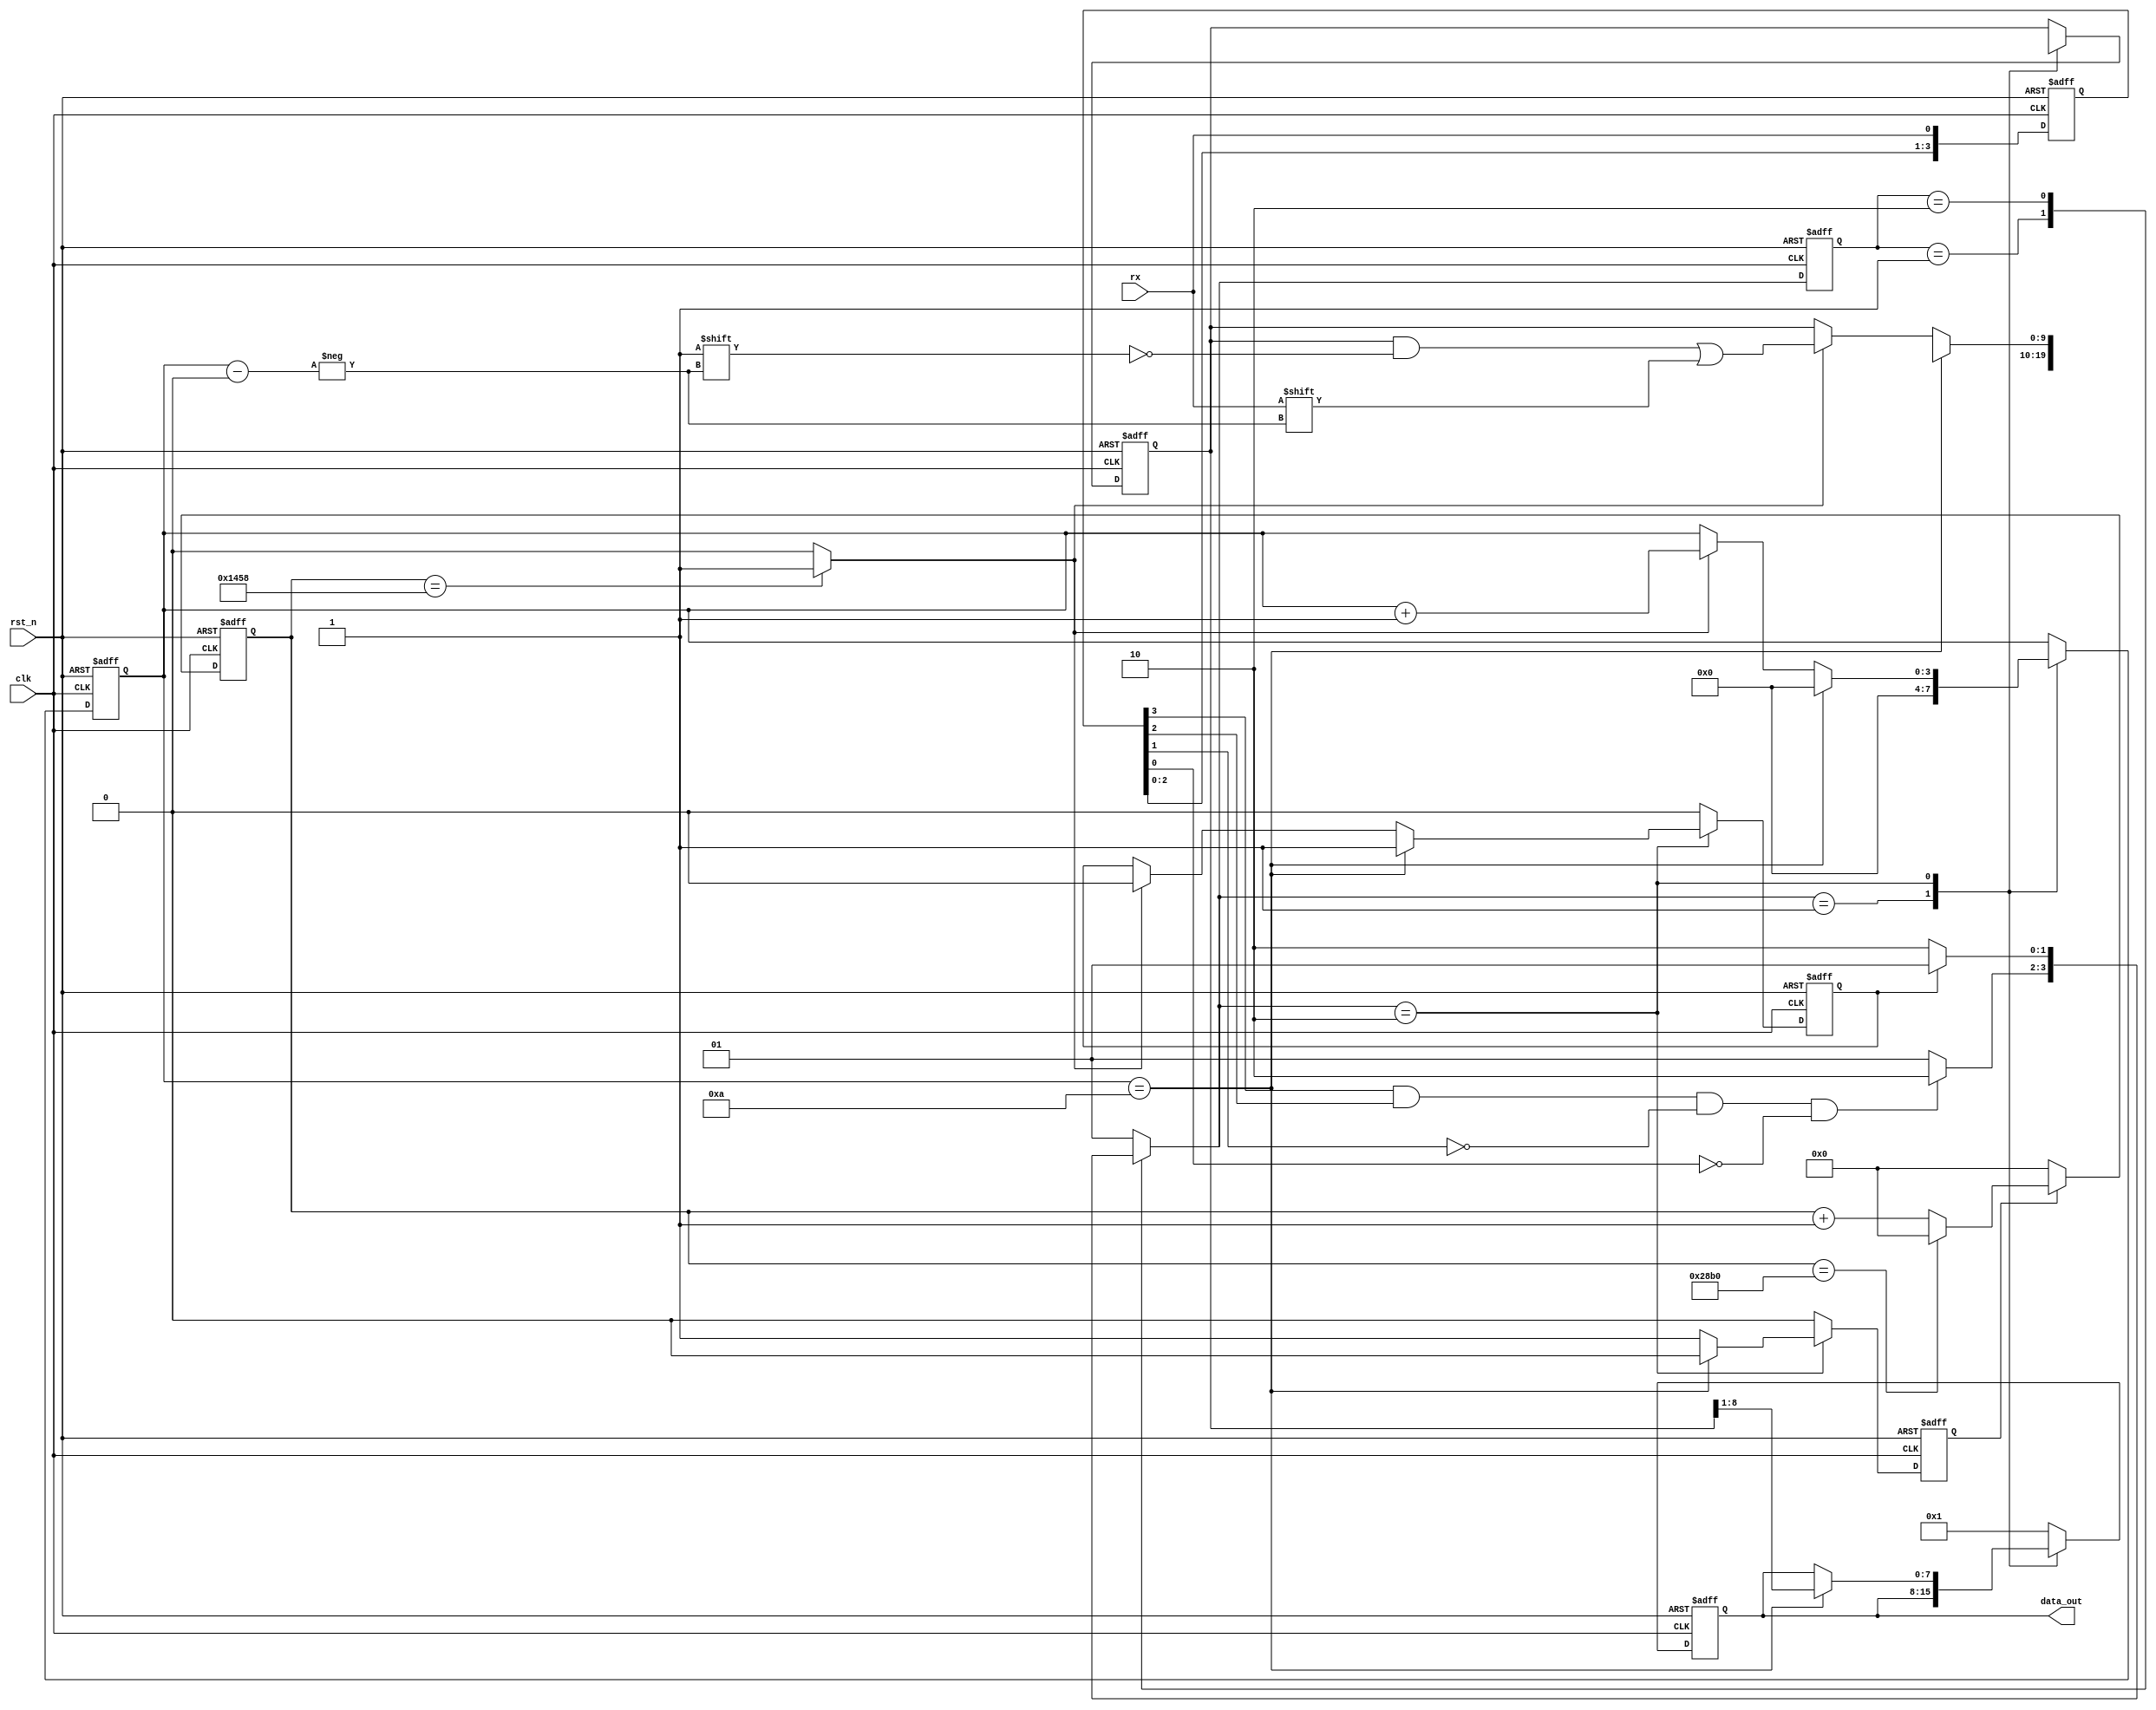
`timescale 1ns / 1ps
module uart_rx(
    input clk,
    input rst_n,
    input rx,
    output reg [7:0] data_out
    );
 
 
    // State Machine Defination
    parameter IDLE = 2'b01;
    parameter SAMP = 2'b10;
    reg [3:0] data_in;
    // UART Configure Defination
	 parameter BAUD_MAX   = 10416;// clk / baud_rate
		reg [13:0] baud_cnt;
		parameter START_BIT = 1;
		parameter DATA_BIT  = 8;
		parameter STOP_BIT  = 1;
		parameter PARI_BIT  = 0;
		parameter RECV_BIT  = START_BIT + DATA_BIT + STOP_BIT + PARI_BIT;
		parameter BAUD_CNT_H = (BAUD_MAX / 2);///////////////////////////////////////////////
		wire baud_clk = (baud_cnt == BAUD_CNT_H) ? (1'b1) : (1'b0);/////////////////////////////////////////
		wire rx_neg = data_in[3] & data_in[2] & (~data_in[1]) & (~data_in[0]);
		reg sample_finish;
		reg [1:0] current_state, next_state;
		
		reg [3:0] recv_cnt;
		reg sample_en;
		reg [RECV_BIT - 1 : 0] data_temp;
// Sample Counter Signal Generator

always @ (posedge clk or negedge rst_n)begin
    if (!rst_n) begin
        baud_cnt <= 14'd0;
    end
    else begin
        if (sample_en) begin
            if (baud_cnt == BAUD_MAX) baud_cnt <= 14'd0;
            else baud_cnt <= baud_cnt + 1'b1;
        end
        else baud_cnt <= 13'd0;
    end
end
// Negedge Detection Filter
always @ (posedge clk or negedge rst_n)begin
    if (!rst_n) begin
        data_in[0] <= 1'b0;
        data_in[1] <= 1'b0;
        data_in[2] <= 1'b0;
        data_in[3] <= 1'b0;
    end
    else begin
        data_in[0] <= rx;
        data_in[1] <= data_in[0];
        data_in[2] <= data_in[1];
        data_in[3] <= data_in[2];
    end
 end
    // Current State To Next State
always @ (posedge clk or negedge rst_n)begin
    if(!rst_n)
        current_state <= IDLE;
    else
        current_state <= next_state;
end 
    // State
always @ (current_state or sample_finish or rx_neg)begin
        next_state = 2'bx;
        case(current_state)
            IDLE : begin
						if (rx_neg) next_state = SAMP;
						else        next_state = IDLE;
            end
            SAMP : begin
						if (sample_finish) next_state = IDLE;
						else               next_state = SAMP;
            end
						default : next_state = IDLE;
        endcase
end


always @ (posedge clk or negedge rst_n)begin
    if (!rst_n) begin
        data_out  <= 8'bx;
        data_temp <= 10'bx;
        sample_finish <= 1'b0;
        sample_en <= 1'b0;
        recv_cnt <= 4'b0;
    end
    else begin
        case (next_state)
            IDLE : begin
                //data_out  <= 10'bx;
                data_temp <= 10'bx;
                sample_finish <= 1'b0;
                sample_en <= 1'b0;
                recv_cnt <= 4'b0;
            end
            SAMP : begin
						if (recv_cnt == RECV_BIT) begin
                    data_out  <= data_temp[8:1];
                    data_temp <= 10'bx;
                    sample_finish <= 1'b1;
                    sample_en <= 1'b0;
                    recv_cnt  <= 4'b0;
						end
						else begin
                    sample_en <= 1'b1;//rx input data into  data_temp,recv_cnt <= recv_cnt + 1'b1;for 8-N-1(10bots)
                    if (baud_clk) begin//
                        data_out <= data_out;
                        data_temp[recv_cnt] <= rx;
                        sample_finish <= 1'b0;
                        recv_cnt <= recv_cnt + 1'b1;
                    end
                    else begin
                        data_out <= data_out;
                        data_temp <= data_temp;
                        sample_finish <= sample_finish;
                        recv_cnt <= recv_cnt;
                    end
                end
            end
            default: begin
                data_out <= 8'b1;
                sample_finish <= 1'b0;
                sample_en <= 1'b0;
            end
        endcase
    end
 end      

// Sample Clock Signal Generator

endmodule